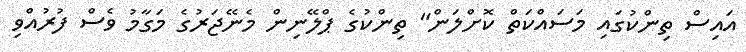
އައިސް ތިންކުގައި މަސައްކަތް ކޮށްލަން" ތިންކުގެ ޕްލޭނިން މެނޭޖަރުގެ މަގާމު ވެސް ފުރުއްވި